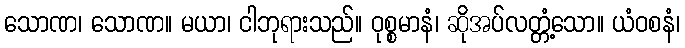
သောဏ၊ သောဏ။ မယာ၊ ငါဘုရားသည်။ ဝုစ္စမာနံ၊ ဆိုအပ်လတ္တံ့သော။ ယံဝစနံ၊